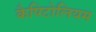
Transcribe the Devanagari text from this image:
कैपिटोलियम